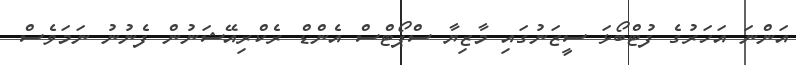
އަންނަ އަހަރުގެ ފުޓްބޯޅަ ސީޒަނުގައި މާޒިޔާ ސްޕޯޓްސް އެންޑް ރެކްރިއޭޝަނުން ފެނުނު ނަމަވެސް